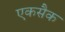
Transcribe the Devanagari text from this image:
एकसैक